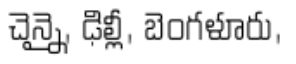
చెన్నై, ఢిల్లీ, బెంగళూరు,